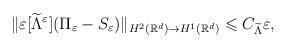
LaTeX: \begin{align*}\Vert \varepsilon [\widetilde{\Lambda}^\varepsilon ](\Pi _\varepsilon -S_\varepsilon )\Vert _{H^2(\mathbb{R}^d)\rightarrow H^1(\mathbb{R}^d)}\leqslant C_{\widetilde{\Lambda}}\varepsilon,\end{align*}